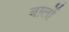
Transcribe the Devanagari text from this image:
बर्ग़्लो